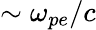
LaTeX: \sim\omega_{pe}/c